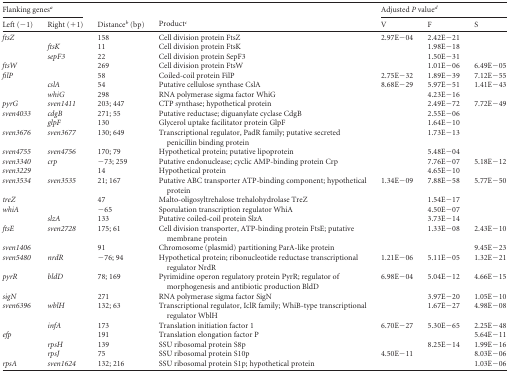
<table><thead><tr><td colspan="2"><b>Flanking genes<sup><i>a</i></sup></b></td><td rowspan="2"><b>Distance<sup><i>b</i></sup> (bp)</b></td><td rowspan="2"><b>Product<sup><i>c</i></sup></b></td><td colspan="3"><b>Adjusted <i>P</i> value<sup><i>d</i></sup></b></td></tr><tr><td><b>Left (−1)</b></td><td><b>Right (+1)</b></td><td><b>V</b></td><td><b>F</b></td><td><b>S</b></td></tr></thead><tbody><tr><td><i>ftsZ</i></td><td></td><td>158</td><td>Cell division protein FtsZ</td><td>2.97E−04</td><td>2.42E−21</td><td></td></tr><tr><td></td><td><i>ftsK</i></td><td>11</td><td>Cell division protein FtsK</td><td></td><td>1.98E−18</td><td></td></tr><tr><td></td><td><i>sepF3</i></td><td>22</td><td>Cell division protein SepF3</td><td></td><td>1.50E−31</td><td></td></tr><tr><td><i>ftsW</i></td><td></td><td>269</td><td>Cell division protein FtsW</td><td></td><td>1.01E−06</td><td>6.49E−05</td></tr><tr><td><i>filP</i></td><td></td><td>58</td><td>Coiled-coil protein FilP</td><td>2.75E−32</td><td>1.89E−39</td><td>7.12E−55</td></tr><tr><td></td><td><i>cslA</i></td><td>54</td><td>Putative cellulose synthase CslA</td><td>8.68E−29</td><td>5.97E−51</td><td>1.41E−43</td></tr><tr><td></td><td><i>whiG</i></td><td>298</td><td>RNA polymerase sigma factor WhiG</td><td></td><td>4.23E−16</td><td></td></tr><tr><td><i>pyrG</i></td><td><i>sven1411</i></td><td>203; 447</td><td>CTP synthase; hypothetical protein</td><td></td><td>2.49E−72</td><td>7.72E−49</td></tr><tr><td><i>sven4033</i></td><td><i>cdgB</i></td><td>271; 55</td><td>Putative reductase; diguanylate cyclase CdgB</td><td></td><td>2.55E−06</td><td></td></tr><tr><td></td><td><i>glpF</i></td><td>130</td><td>Glycerol uptake facilitator protein GlpF</td><td></td><td>1.64E−10</td><td></td></tr><tr><td><i>sven3676</i></td><td><i>sven3677</i></td><td>130; 649</td><td>Transcriptional regulator, PadR family; putative secreted penicillin binding protein</td><td></td><td>1.73E−13</td><td></td></tr><tr><td><i>sven4755</i></td><td><i>sven4756</i></td><td>170; 79</td><td>Hypothetical protein; putative lipoprotein</td><td></td><td>5.48E−04</td><td></td></tr><tr><td><i>sven3340</i></td><td><i>crp</i></td><td>−73; 259</td><td>Putative endonuclease; cyclic AMP-binding protein Crp</td><td></td><td>7.76E−07</td><td>5.18E−12</td></tr><tr><td><i>sven3229</i></td><td></td><td>14</td><td>Hypothetical protein</td><td></td><td>4.65E−10</td><td></td></tr><tr><td><i>sven3534</i></td><td><i>sven3535</i></td><td>21; 167</td><td>Putative ABC transporter ATP-binding component; hypothetical protein</td><td>1.34E−09</td><td>7.88E−58</td><td>5.77E−50</td></tr><tr><td><i>treZ</i></td><td></td><td>47</td><td>Malto-oligosyltrehalose trehalohydrolase TreZ</td><td></td><td>1.54E−17</td><td></td></tr><tr><td><i>whiA</i></td><td></td><td>−65</td><td>Sporulation transcription regulator WhiA</td><td></td><td>4.50E−07</td><td></td></tr><tr><td></td><td><i>slzA</i></td><td>133</td><td>Putative coiled-coil protein SlzA</td><td></td><td>3.73E−14</td><td></td></tr><tr><td><i>ftsE</i></td><td><i>sven2728</i></td><td>175; 61</td><td>Cell division transporter, ATP-binding protein FtsE; putative membrane protein</td><td></td><td>1.33E−08</td><td>2.43E−10</td></tr><tr><td><i>sven1406</i></td><td></td><td>91</td><td>Chromosome (plasmid) partitioning ParA-like protein</td><td></td><td></td><td>9.45E−23</td></tr><tr><td><i>sven5480</i></td><td><i>nrdR</i></td><td>−76; 94</td><td>Hypothetical protein; ribonucleotide reductase transcriptional regulator NrdR</td><td>1.21E−06</td><td>5.11E−05</td><td>1.32E−21</td></tr><tr><td><i>pyrR</i></td><td><i>bldD</i></td><td>78; 169</td><td>Pyrimidine operon regulatory protein PyrR; regulator of morphogenesis and antibiotic production BldD</td><td>6.98E−04</td><td>5.04E−12</td><td>4.66E−15</td></tr><tr><td><i>sigN</i></td><td></td><td>271</td><td>RNA polymerase sigma factor SigN</td><td></td><td>3.97E−20</td><td>1.05E−10</td></tr><tr><td><i>sven6396</i></td><td><i>wblH</i></td><td>132; 63</td><td>Transcriptional regulator, IclR family; WhiB-type transcriptional regulator WblH</td><td></td><td>1.67E−27</td><td>4.98E−08</td></tr><tr><td></td><td><i>infA</i></td><td>173</td><td>Translation initiation factor 1</td><td>6.70E−27</td><td>5.30E−65</td><td>2.25E−48</td></tr><tr><td><i>efp</i></td><td></td><td>191</td><td>Translation elongation factor P</td><td></td><td></td><td>5.64E−11</td></tr><tr><td></td><td><i>rpsH</i></td><td>139</td><td>SSU ribosomal protein S8p</td><td></td><td>8.25E−14</td><td>1.99E−16</td></tr><tr><td></td><td><i>rpsJ</i></td><td>75</td><td>SSU ribosomal protein S10p</td><td>4.50E−11</td><td></td><td>8.03E−06</td></tr><tr><td><i>rpsA</i></td><td><i>sven1624</i></td><td>132; 216</td><td>SSU ribosomal protein S1p; hypothetical protein</td><td></td><td></td><td>1.03E−06</td></tr></tbody></table>